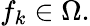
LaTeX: f_{k}\in\Omega.